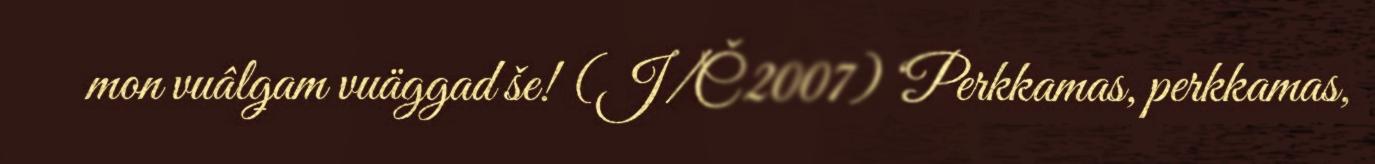
mon vuâlǥam vuäggad še! (J/Č 2007) ‘Perkkamas, perkkamas,